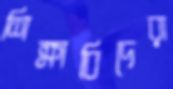
শিক্ষাবিদেরা